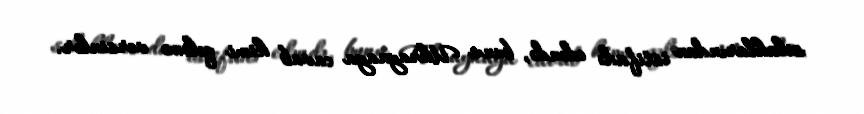
silahlarından istifadə edəndə, bunu Ukraynaya cavab kimi qələmə versinlər.